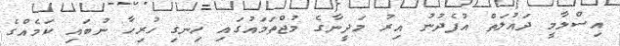
އިސްލާމީ ދައުލަތް އުފެދުނު އިރު މަދީނާގެ މުޖްތަމައުގައި ހިނގި ހުރިހާ ނުބައި ކަމެއްގެ